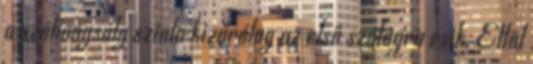
a szóhangsúly szinte kizárólag az első szótagra esik. Ettől